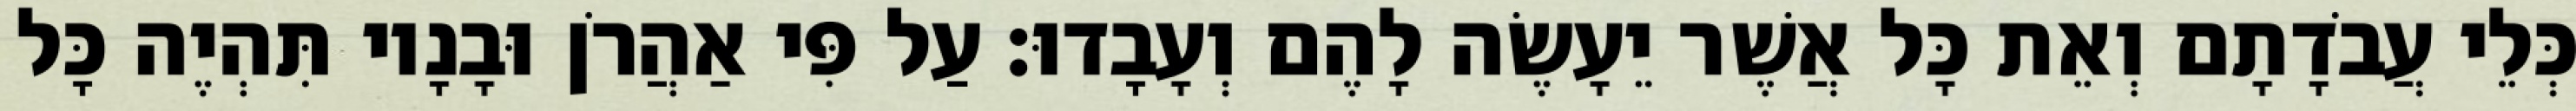
כְּלֵי עֲבֹדָתָם וְאֵת כָּל אֲשֶׁר יֵעָשֶׂה לָהֶם וְעָבָדוּ׃ עַל פִּי אַהֲרֹן וּבָנָיו תִּהְיֶה כָּל